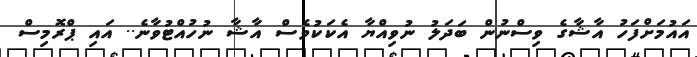
އައުމަށްފަހު އާޝާގެ ވިސްނުން ބަދަލު ނުވިއްޔާ އެކަކުވެސް އާޝާ ނުހުއްޓުވާނެ.. އައި ޕްރޮމިސް